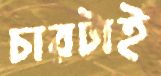
চারটাই